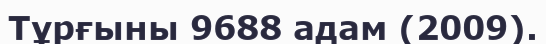
Тұрғыны 9688 адам (2009).